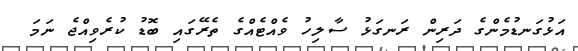
އަޅުގަނޑުމެންގެ ދަރިން ރަނގަޅު ސާލިހު ވެއްޓެއްގެ ތެރޭގައި ބޮޑު ކުރެވިއްޖެ ނަމަ